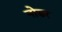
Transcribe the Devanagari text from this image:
नोडर